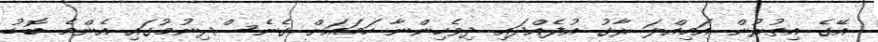
އޭގެ އިތުރުން އަމިއްލަ ރާގު އުފެއްދައި ދިވެހިންނާ ހަމައަށް ގެނެސްދިނުމުގައި އެންމެ ބޮޑު